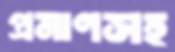
প্রমাণসহ